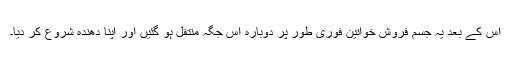
اس کے بعد یہ جسم فروش خواتین فوری طور پر دوبارہ اس جگہ منتقل ہو گئیں اور اپنا دھندہ شروع کر دیا۔